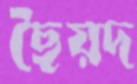
ছৈয়দ